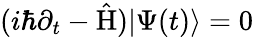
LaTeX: (i\hbar\partial_{t}-\hat{\mathrm{H}})|\Psi(t)\rangle=0